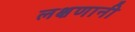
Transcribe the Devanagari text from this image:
लक्षणानी